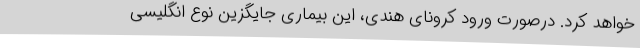
خواهد کرد. درصورت ورود کرونای هندی، این بیماری جایگزین نوع انگلیسی